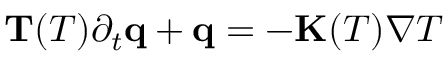
\begin{array} { r } { \mathbf T ( T ) \partial _ { t } \mathbf q + \mathbf q = - \mathbf K ( T ) \nabla T } \end{array}